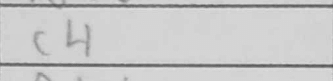
Transcription: c4